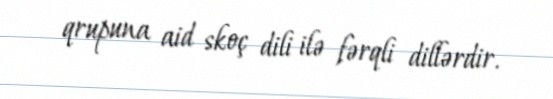
qrupuna aid skoç dili ilə fərqli dillərdir.